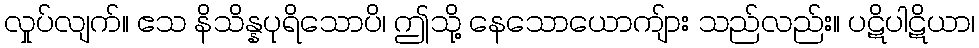
လှုပ်လျက်။ ဧသ နိသိန္နပုရိသောပိ၊ ဤသို့ နေသောယောကျ်ား သည်လည်း။ ပဋိပါဋိယာ၊